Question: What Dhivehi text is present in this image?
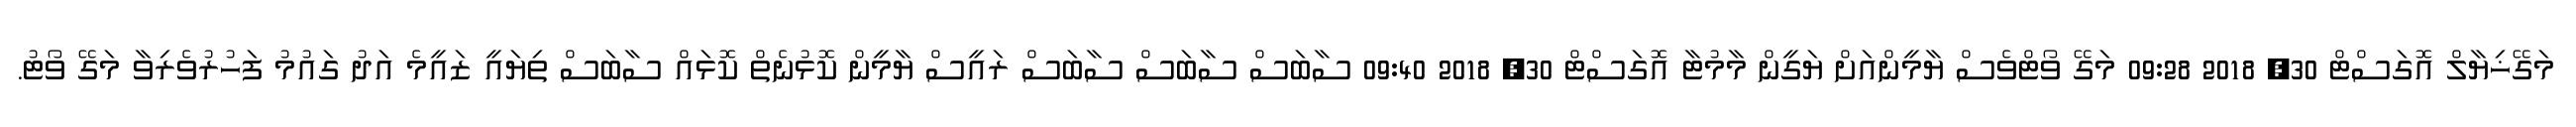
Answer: މަގޭޚިޔާލް އޮގަސްޓް 30, 2018 09:28 މަގޭ ވޯޓްވެސް ޔާމީންއަށް ޔަގީން މާމުޓާ އޮގަސްޓް 30, 2018 09:40 ސާބަސް ސާބަސް ސާބަސް ރައީސް ޔާމީން ކޮޅުނެތް ކޮޅައް ސާބަސް ތިޔައީ ޒައީމެ އަދު ގައުމު ފަހުރުވެރިވާ މަގޭ ވޯޓު.